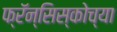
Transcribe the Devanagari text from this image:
फ्रॅन्सिस्कोच्या